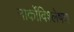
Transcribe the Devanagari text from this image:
नार्कोविश्लेषण